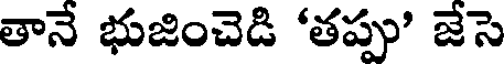
తానే భుజించెడి 'తప్పు' జేసె